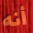
أنه